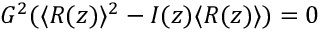
G ^ { 2 } ( \langle R ( z ) \rangle ^ { 2 } - I ( z ) \langle R ( z ) \rangle ) = 0